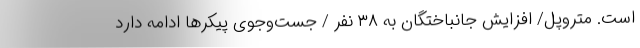
است. متروپل/ افزایش جانباختگان به ۳۸ نفر / جست‌وجوی پیکرها ادامه دارد